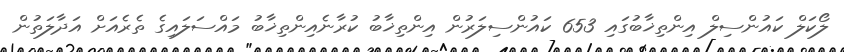
ލޯކަލް ކައުންސިލް އިންތިޚާބުގައި 653 ކައުންސިލަރުން އިންތިޚާބު ކުރާނެއިންތިޚާބު މައްސަލައިގެ ތެރެއަށް އަދާލަތުން